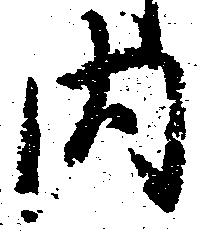
内